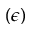
( \epsilon )